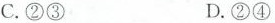
C.②③ D.②④